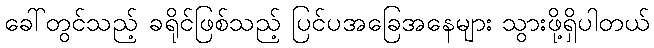
ခေါ်တွင်သည့် ခရိုင်ဖြစ်သည့် ပြင်ပအခြေအနေများ သွားဖို့ရှိပါတယ်